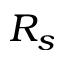
R _ { s }